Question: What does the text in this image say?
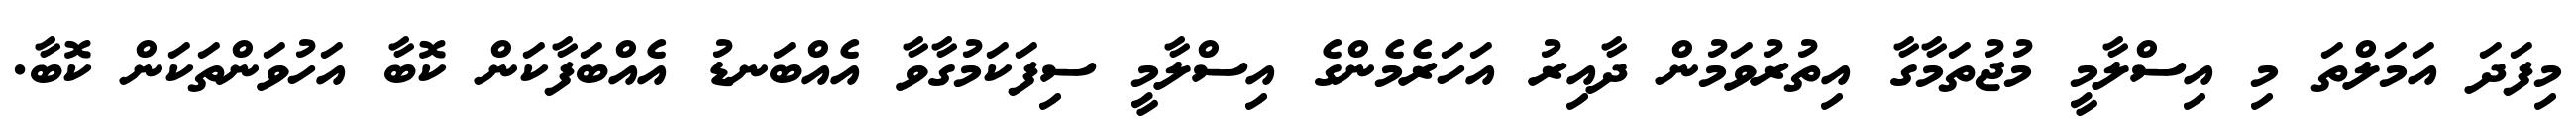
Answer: މިފަދަ އަމަލްތަ މި އިސްލާމީ މުޖުތަމާގާ އިތުރުވަމުން ދާއިރު އަހަރެމެންގެ އިސްލާމީ ސިފަކަމުގާވާ އެއްބަނޑު އެއްބަފާކަން ކޮބާ އަހުވަންތަކަން ކޮބާ.